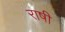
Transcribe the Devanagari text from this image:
राषी